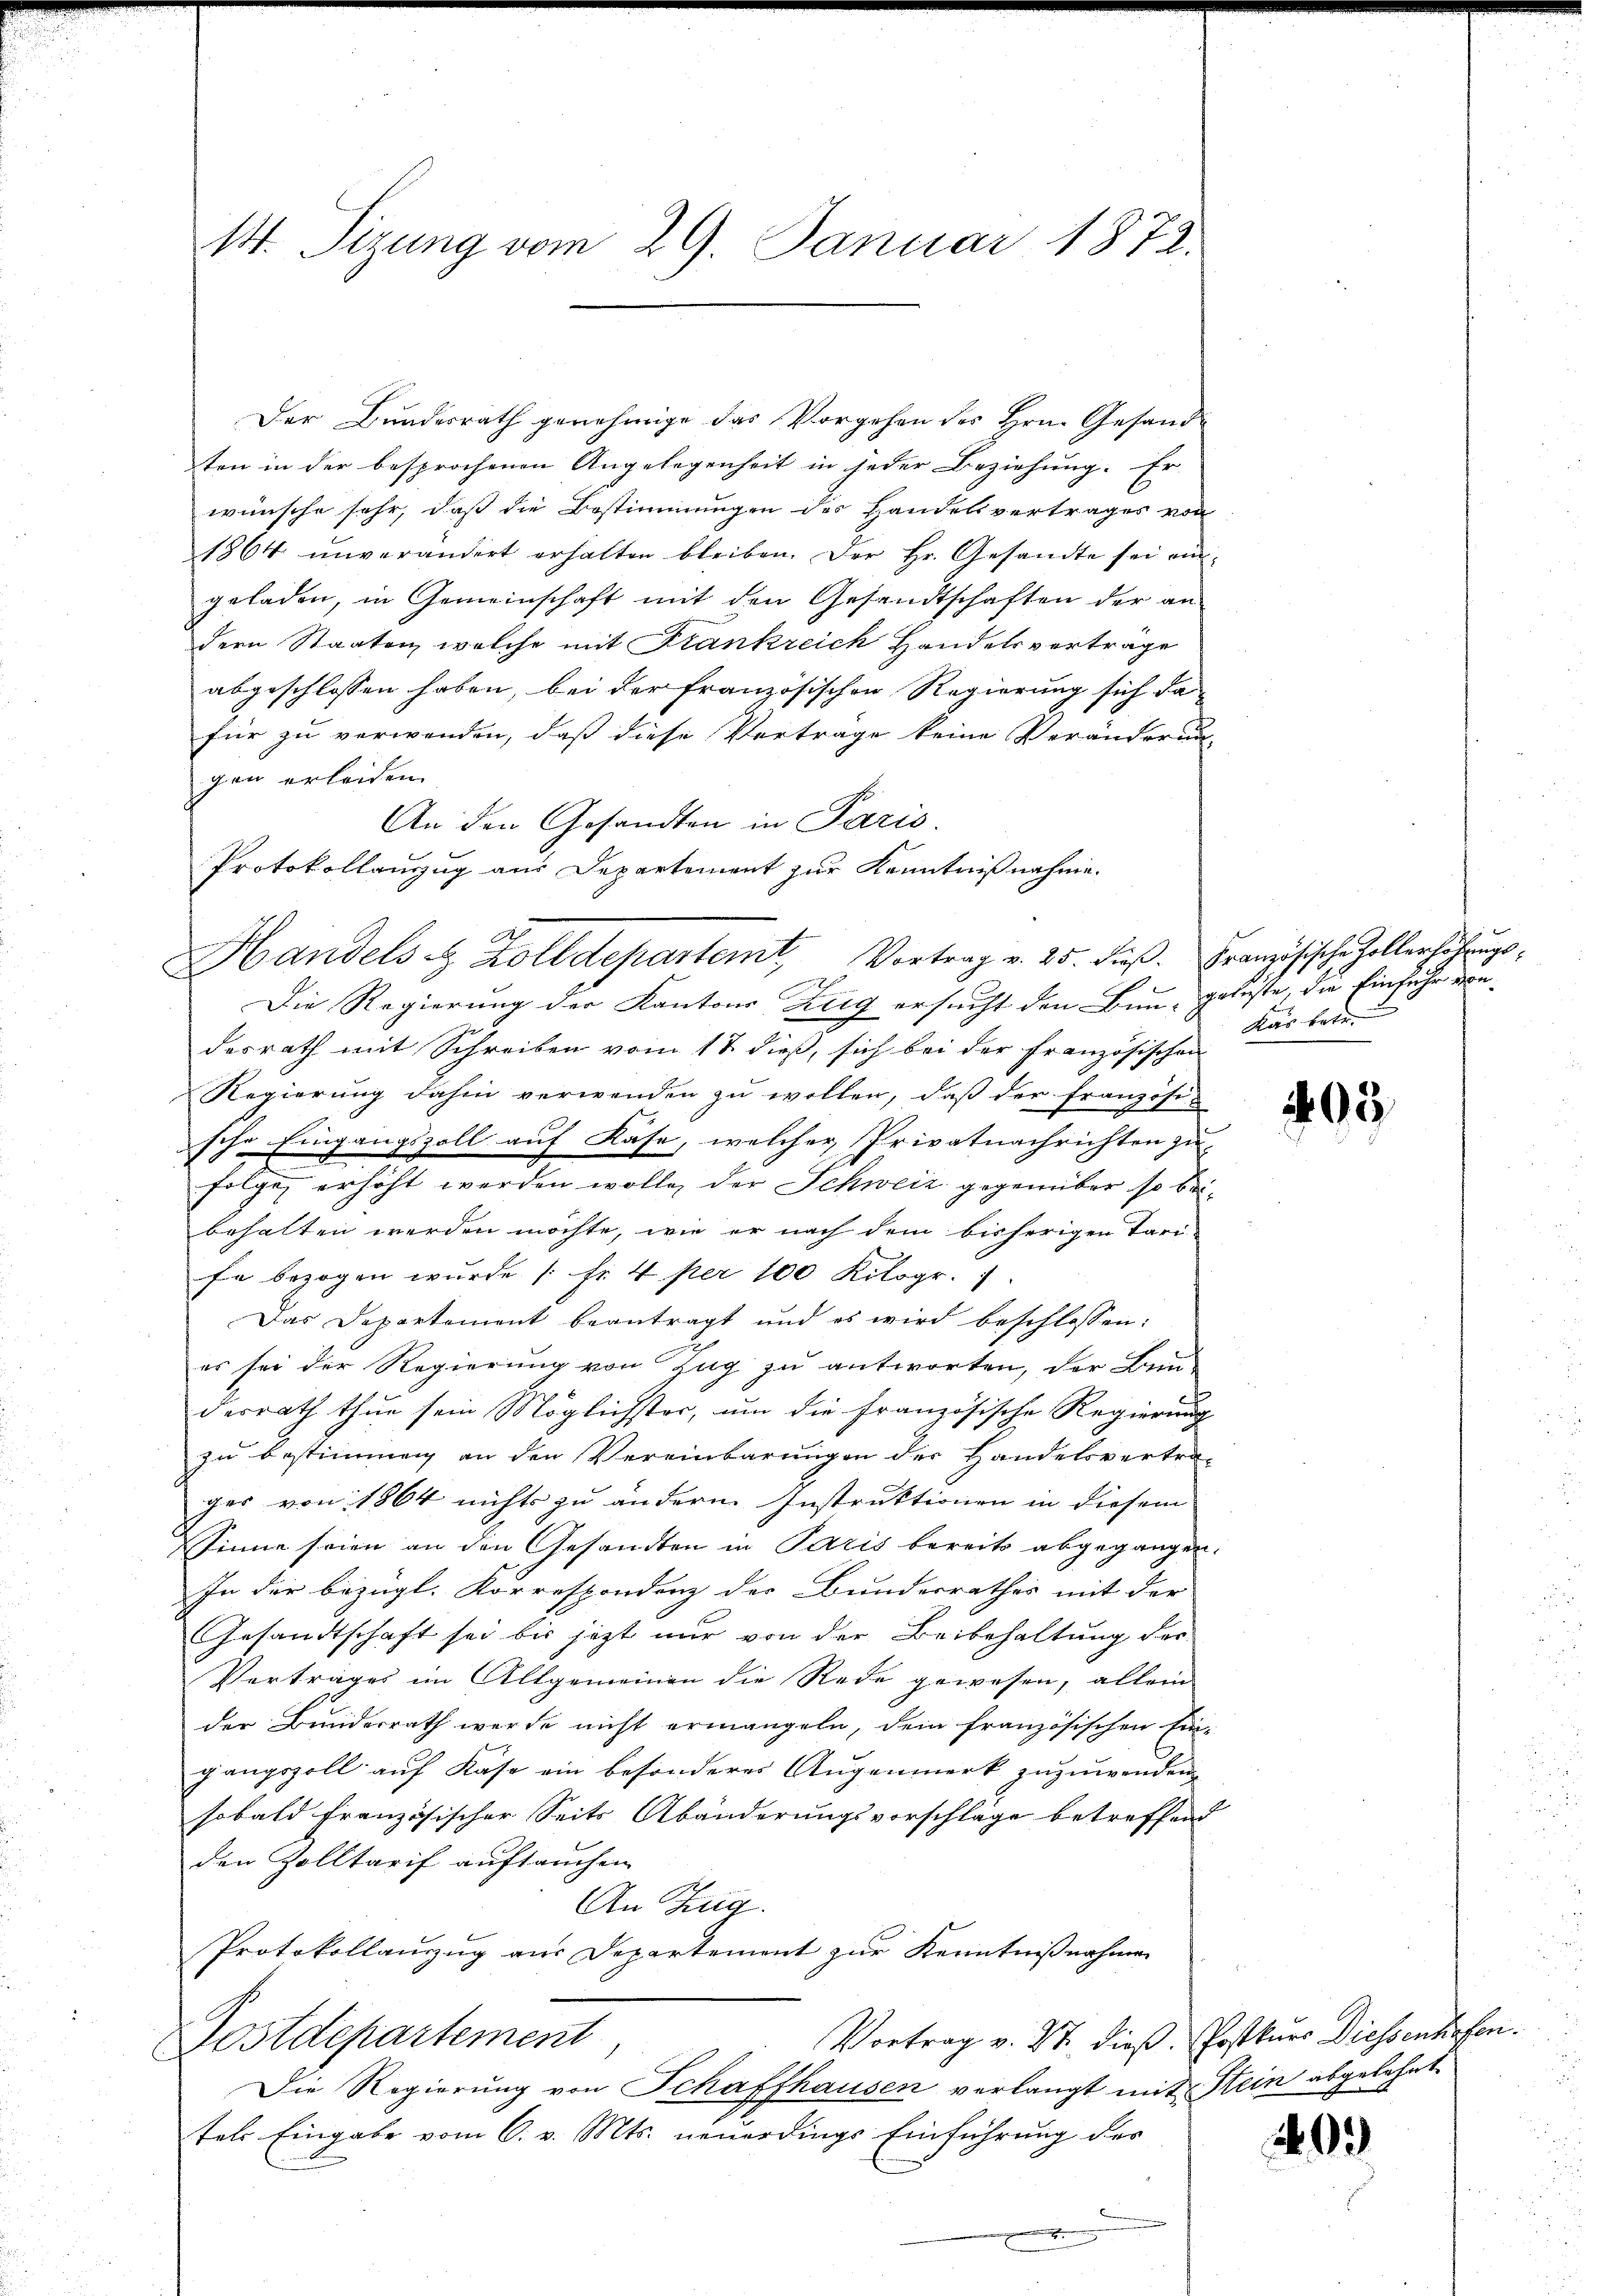
Mt. Tizung vom 29. Januar 1872.

Der Bundesrath genehmige das Vorgehen des Hrn. Gesandten in der besprochenen Angelegenheit in jeder Beziehung. Er
wünsche sehr, daß die Bestimmungen des Handelsvertrages von
1864 unverändert erhalten bleiben. Der Hr. Gesandte sei ein-
geladen, in Gemeinschaft mit den Gesandtschaften der an-
dern Staaten, welche mit Frankreich Handelsverträge
abgeschlossen haben, bei der französischen Regierung sich da
für zu verwenden, daß diese Vertrage keine Veränderun-
gen erleiden.
An den Gesandten in Paris.
Protokollauszug aus Departement zur Kenntnißnahme.
Ah
Die Regierung der Kantons Zug ersucht den Bun-goleste, die Einfuhr von
desrath mit Schreiben vom 17. dieß, sich bei der Französischen
Regierung dahin verwenden zu wollen, daß der Französis
sche Eingangszoll auf Käse, welcher Privatnachrichten zu
folge erhöht werden wolle, der Schweiz gegenüber so beibehalten werden möchte, wie er nach dem bisherigen Tari-
fe bezogen wurde (fr. 4 per 100 Kilogr. 7.
Das Departement beantragt und es wird beschlossen:
es sei der Regierung von Zug zu antworten, der Bun-
derrath thue sein Möglichster, um die französische Regierung
zu bestimmig an den Vereinbarungen der Handelsvertra-
ges von 1864 nichts zu andern Instruktionen in diesem
Sinne seien an den Gesandten in Paris bereits abgegangen.
In der bezügl. Korrespondenz der Bundesrathes mit der
Gesandtschaft sei bis jezt nur von der Beibehaltung der
Vertrages im Allgemeinen die Rede gewesen, allein
der Bundesrath werde nicht ermangeln, dem französischen Ein-
gangszoll auf Kase ein besonderes Augenmerk zuzuwenden
sobald französischer Seits Abänderungsvorschläge betreffend
den Zolltarif auftauchen
An Zug.
Protokollauszug aus Departement zur Kenntnißnahmen
Vortrag v. 27. dieß. Postkurs Diessenhofen
Postdepartement
Die Regierung von Schaffhausen verlangt mit Stein abgelehnt
tels Eingabe vom 6. v. Mts. neuerdings Einführung der
e

Handels & Zolldepartemt, Vortrag v. 25. dieβ. Französische Zollerhöhŭngs-

Kas betr

203.

9